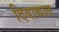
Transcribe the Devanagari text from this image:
दिवाकाल